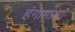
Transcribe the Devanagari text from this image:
हंगामांचा